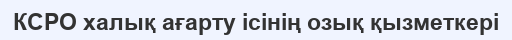
КСРО халық ағарту ісінің озық қызметкері